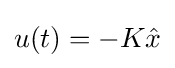
u(t)=-K{\hat {x}}